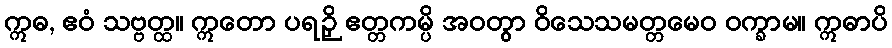
ဣဓ, ဧဝံ သဗ္ဗတ္ထ။ ဣတော ပရဉှိ ဧတ္တကမ္ပိ အဝတွာ ဝိသေသမတ္တမေဝ ဝက္ခာမ။ ဣဓာပိ